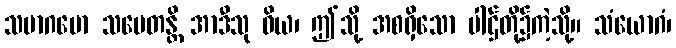
သမာဂမော သမေတန္တိ အာဒီသု ဝိယ၊ ဤသို့ အစရှိသော ပါဌ်တို့၌ကဲ့သို့။ သံယောဂံ၊